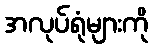
အလုပ်ရုံများကို